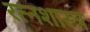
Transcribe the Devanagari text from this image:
रत्नशास्त्र